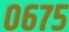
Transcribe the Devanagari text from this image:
०६७५